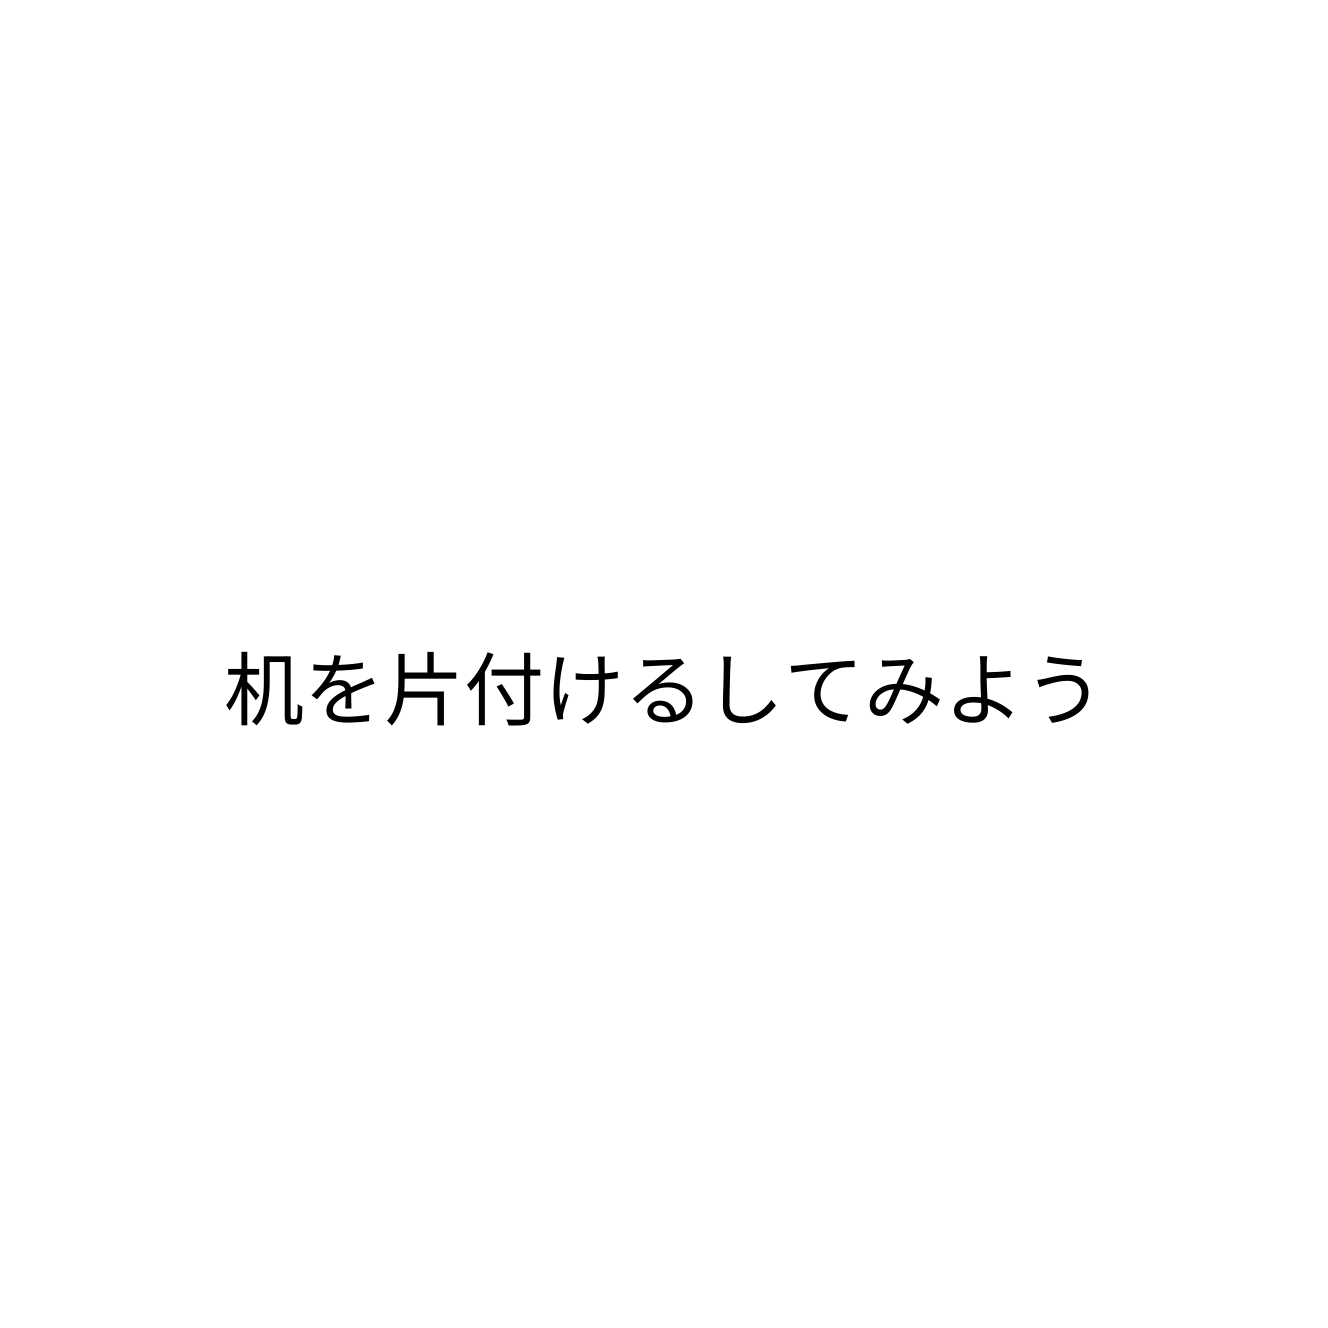
机を片付けるしてみよう